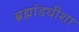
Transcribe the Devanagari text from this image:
ब्रह्मांडधीशा